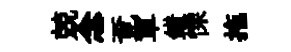
兢念覔軍錯慄拖